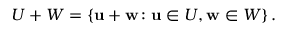
U + W = \left\{ \mathbf { u } + \mathbf { w } \colon \mathbf { u } \in U , \mathbf { w } \in W \right\} .